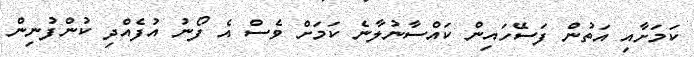
ކަމަށާއި އަތުން ފަސޭހައިން ކައްސާނުލާނެ ކަމަށް ވެސް އެ ފޯނު އުފެއްދި ކުންފުނިން